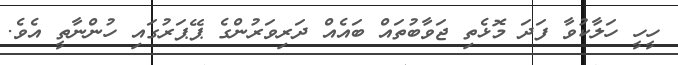
ހީހީ ހަލާކުވާ ފަދަ މޮޅެތި ޖަވާބުތައް ބައެއް ދަރިވަރުންގެ ޕޭޕަރުގައި ހުންނާތީ އެވެ.